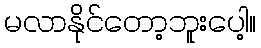
မလာနိုင်တော့ဘူးပေါ့။